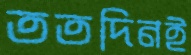
ততদিনই